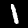
Label: 1